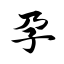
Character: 孕